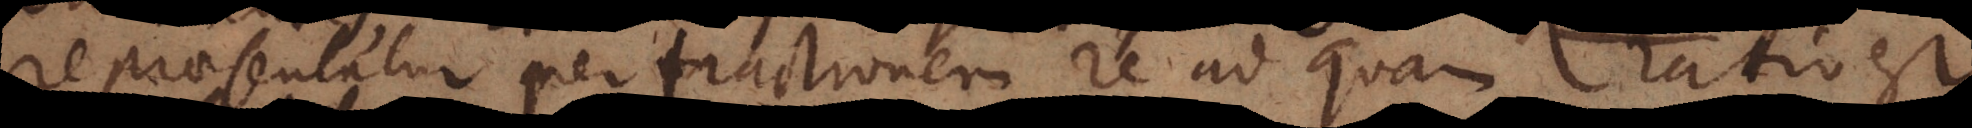
repraesentatur per fractionem re ad quam ratio est